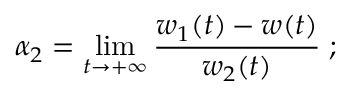
\alpha _ { 2 } = \operatorname * { l i m } _ { t \to + \infty } { \frac { w _ { 1 } ( t ) - w ( t ) } { w _ { 2 } ( t ) } } \; ;